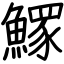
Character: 𩻄